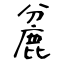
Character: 麄